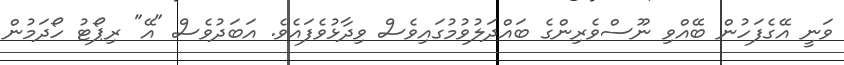
ވަނީ އޭގެފަހުން ބޭއްވި ނޫސްވެރިންގެ ބައްދަލުވުމުގައިވެސް ވިދާޅުވެފައެވެ. އަބަދުވެސް "އޭ" ރިޕޯޓު ހޯދަމުން